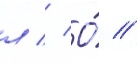
л // О́ //